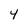
Character: 4